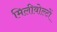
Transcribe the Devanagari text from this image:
मिलीवोल्टों